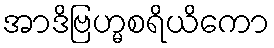
အာဒိဗြဟ္မစရိယိကော